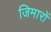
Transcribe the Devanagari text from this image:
जिमारों